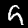
Digit: 9